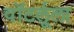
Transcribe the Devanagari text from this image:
वॉटर्लूला